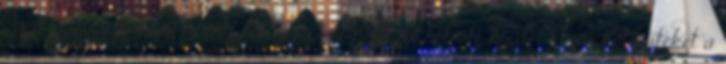
Szakszervezete nevű Facebook-csoport például hetente hirdet közös kötőesteket a